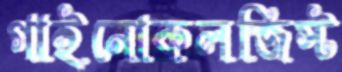
গাইনোকলজিস্ট